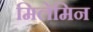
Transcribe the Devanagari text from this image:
मिलेमिन